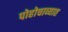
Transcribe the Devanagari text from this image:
पोहोचाव्यात